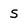
Character: s